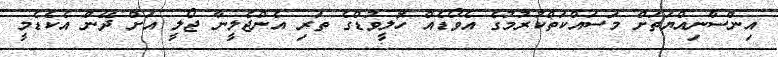
އިންސާނިއްޔަތަށް މަސައްކަތްކުރުމުގެ އެވޯޑެއް ހޮލީވުޑްގެ ތަރި އެންޖެލީނާ ޖޯލީ އަށް ދޭން އެކެޑެމީ